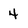
Character: 4